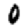
Digit: 0